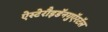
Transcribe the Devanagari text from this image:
ऐस्टेरौइडॅनगुऍरटॅल